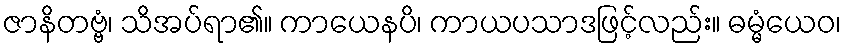
ဇာနိတဗ္ဗံ၊ သိအပ်ရာ၏။ ကာယေနပိ၊ ကာယပသာဒဖြင့်လည်း။ ဓမ္မံယေဝ၊